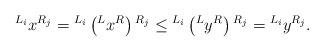
LaTeX: \begin{align*}\prescript {L_i}{}{}x{}^{R_j} = \prescript {L_i}{}{}\left(\prescript L{}{}x{}^R\right){}^{R_j}\underset{}\leq\prescript {L_i}{}{}\left(\prescript L{}{}y{}^R\right){}^{R_j} = \prescript {L_i}{}{}y{}^{R_j}.\end{align*}